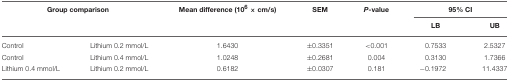
<table><thead><tr><td colspan="2"><b>Group comparison</b></td><td><b>Mean difference (10<sup>6</sup> × cm/s)</b></td><td><b>SEM</b></td><td><b><i>P</i>-value</b></td><td colspan="2"><b>95% CI</b></td></tr><tr><td></td><td></td><td></td><td></td><td></td><td><b>LB</b></td><td><b>UB</b></td></tr></thead><tbody><tr><td>Control</td><td>Lithium 0.2 mmol/L</td><td>1.6430</td><td>±0.3351</td><td>&lt;0.001</td><td>0.7533</td><td>2.5327</td></tr><tr><td>Control</td><td>Lithium 0.4 mmol/L</td><td>1.0248</td><td>±0.2681</td><td>0.004</td><td>0.3130</td><td>1.7366</td></tr><tr><td>Lithium 0.4 mmol/L</td><td>Lithium 0.2 mmol/L</td><td>0.6182</td><td>±0.0307</td><td>0.181</td><td>−0.1972</td><td>11.4337</td></tr></tbody></table>